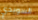
السويدي